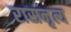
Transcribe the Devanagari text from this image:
रासनृत्य